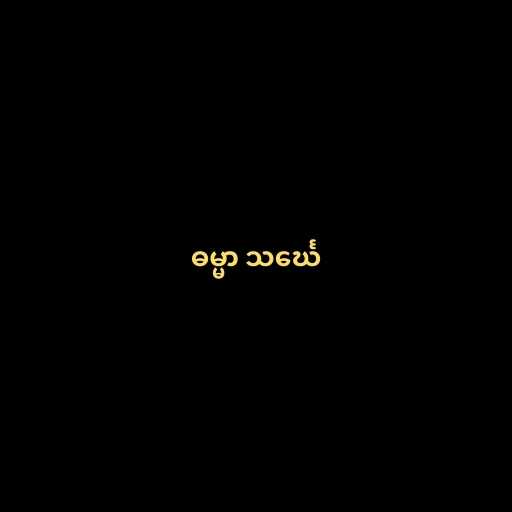
ဓမ္မာ သင်္ဃေ